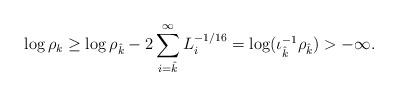
LaTeX: \begin{align*}\log \rho_k \geq \log \rho_{\hat{k}} - 2 \sum_{i=\hat{k}}^\infty L_i^{-1/16} = \log ( \iota_{\hat{k}}^{-1} \rho_{\hat{k}}) > -\infty.\end{align*}